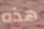
هذه